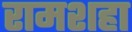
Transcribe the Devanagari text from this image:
रामशहा